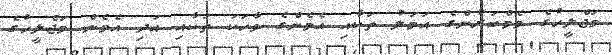
މަޖްލީހުގެ މެމްބަރުންގެ އަމަލު ތަކާއި އެމެންގެ ވާހަކަ ތަކާއި އަދި އެމެން މަޖްލީހުގެ